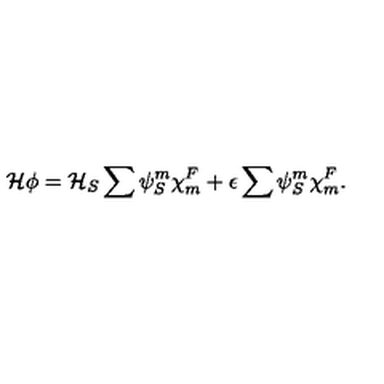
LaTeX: { \cal H } \phi = { \cal H } _ { S } \sum { \psi } _ { S } ^ { m } { \chi } _ { m } ^ { F } + \epsilon \sum { \psi } _ { S } ^ { m } { \chi } _ { m } ^ { F } .